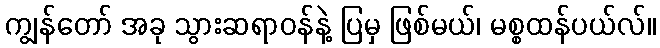
ကျွန်တော် အခု သွားဆရာဝန်နဲ့ ပြမှ ဖြစ်မယ်၊ မစ္စထန်ပယ်လ်။